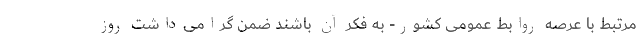
مرتبط با عرصه روابط عمومی کشور‌- به فکر آن باشند ضمن گرامی‌داشت روز